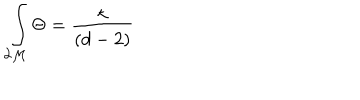
\int _ { \partial { \cal M } } \Theta = \frac { \kappa } { ( d - 2 ) }